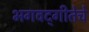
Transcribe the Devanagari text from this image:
भगवद्‌गीतेचे